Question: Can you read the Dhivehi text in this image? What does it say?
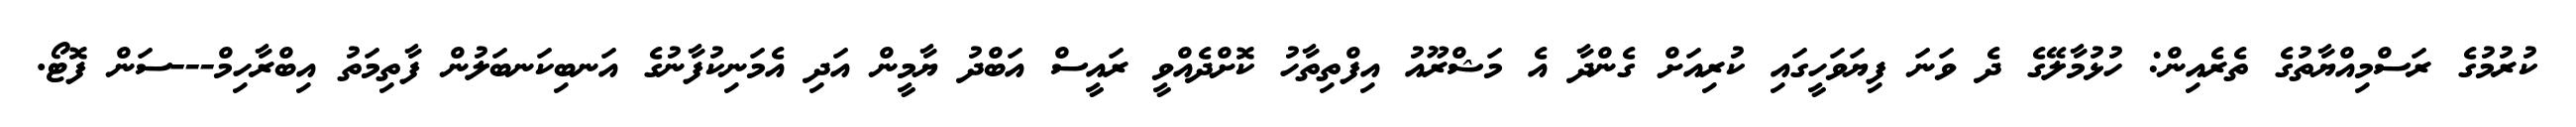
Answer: ކުރުމުގެ ރަސްމިއްޔާތުގެ ތެރެއިން: ހުޅުމާލޭގެ ދެ ވަނަ ފިޔަވަހީގައި ކުރިއަށް ގެންދާ އެ މަޝްރޫއު އިފްތިތާހު ކޮށްދެއްވީ ރައީސް އަބްދު ޔާމީން އަދި އެމަނިކުފާނުގެ އަނބިކަނބަލުން ފާތިމަތު އިބްރާހިމް---ސަން ފޮޓޯ.